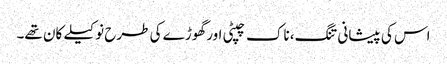
اس کی پیشانی تنگ، ناک چپٹی اور گھوڑے کی طرح نوکیلے کان تھے۔